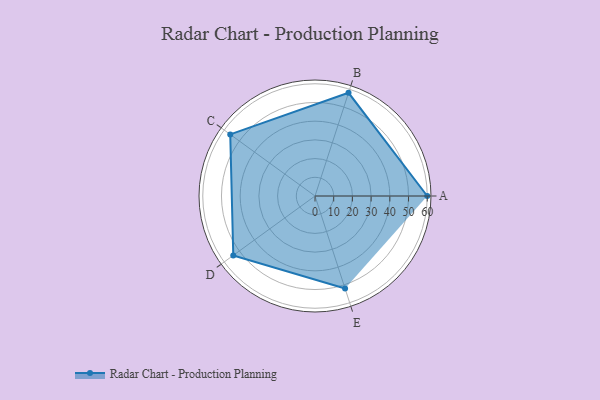
{"axis": {"x": "Skill", "y": "Score"}, "legend": ["Profile"], "data": [{"x": "A", "y": 60.0, "type": "Profile"}, {"x": "B", "y": 58.0, "type": "Profile"}, {"x": "C", "y": 56.0, "type": "Profile"}, {"x": "D", "y": 54.0, "type": "Profile"}, {"x": "E", "y": 52.0, "type": "Profile"}]}